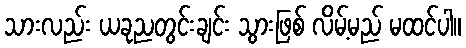
သားလည်း ယခုညတွင်းချင်း သွားဖြစ် လိမ့်မည် မထင်ပါ။